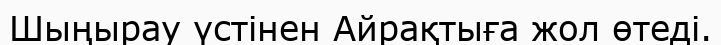
Шыңырау үстінен Айрақтыға жол өтеді.